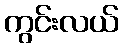
ကွင်းလယ်